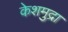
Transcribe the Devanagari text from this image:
केशमुद्रा